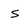
Character: s